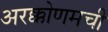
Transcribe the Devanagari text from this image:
अरक्कोणमची